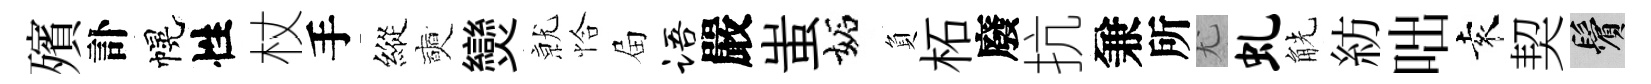
殯訃幌性杖手縱奭𤓖𭕒恰屇语嚴蚩妬負柘廢抗兼所尤虬觥紡咄袁契鬢